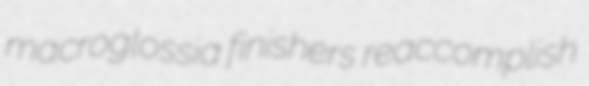
macroglossia finishers reaccomplish